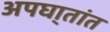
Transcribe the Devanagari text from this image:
अपघा्तांत